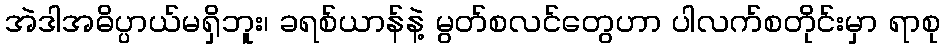
အဲဒါအဓိပ္ပာယ်မရှိဘူး၊ ခရစ်ယာန်နဲ့ မွတ်စလင်တွေဟာ ပါလက်စတိုင်းမှာ ရာစု